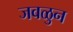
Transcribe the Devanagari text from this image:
जवळुन